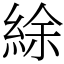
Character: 䋡